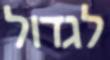
לגדול